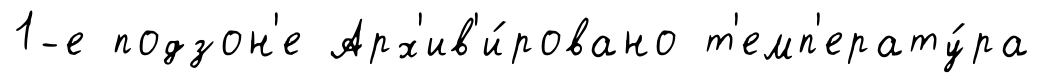
1-е подзон'е Арх'ив'и́ровано т'емп'ерату́ра